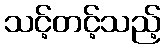
သင့်တင့်သည့်